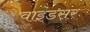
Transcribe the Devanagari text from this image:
वाइंडसर